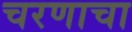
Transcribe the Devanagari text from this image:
चरणाचा